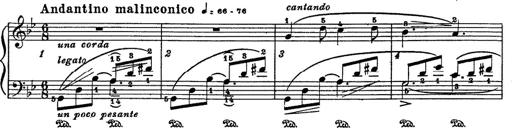
Title: 6 Polish Songs
Composer: Franz Liszt